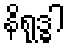
နိရုဒ္ဓါ